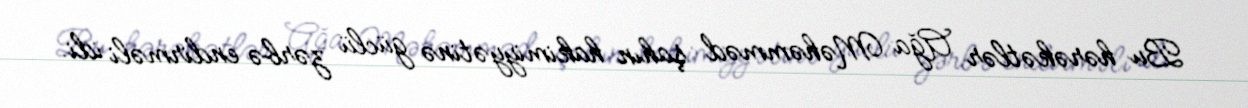
Bu hərəkətlər Ağa Məhəmməd şahın hakimiyyətinə güclü zərbə endirməli idi.